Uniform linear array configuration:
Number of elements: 16
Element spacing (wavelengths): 0.25
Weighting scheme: exponential
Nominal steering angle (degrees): -60
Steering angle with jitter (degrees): -59.543
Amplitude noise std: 0.05
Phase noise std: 0.05

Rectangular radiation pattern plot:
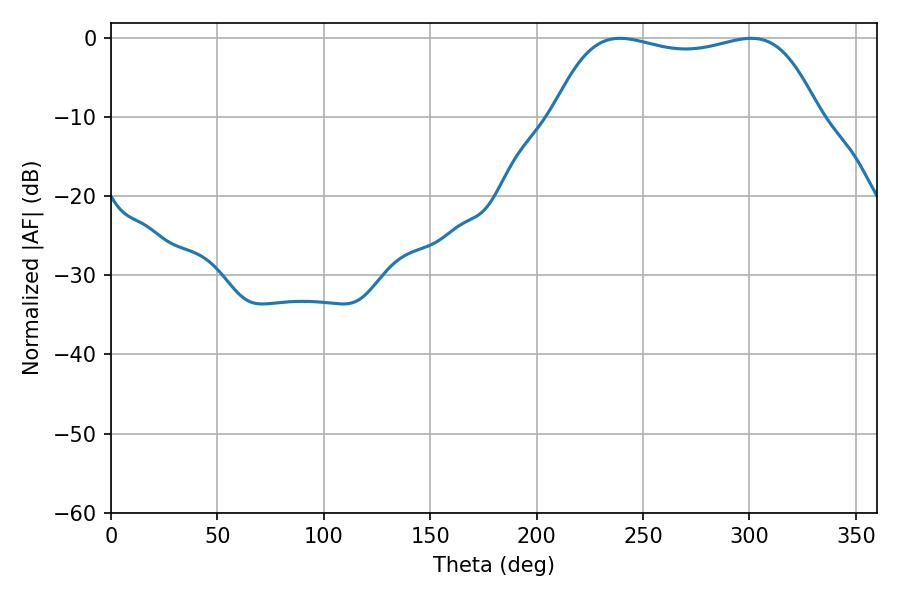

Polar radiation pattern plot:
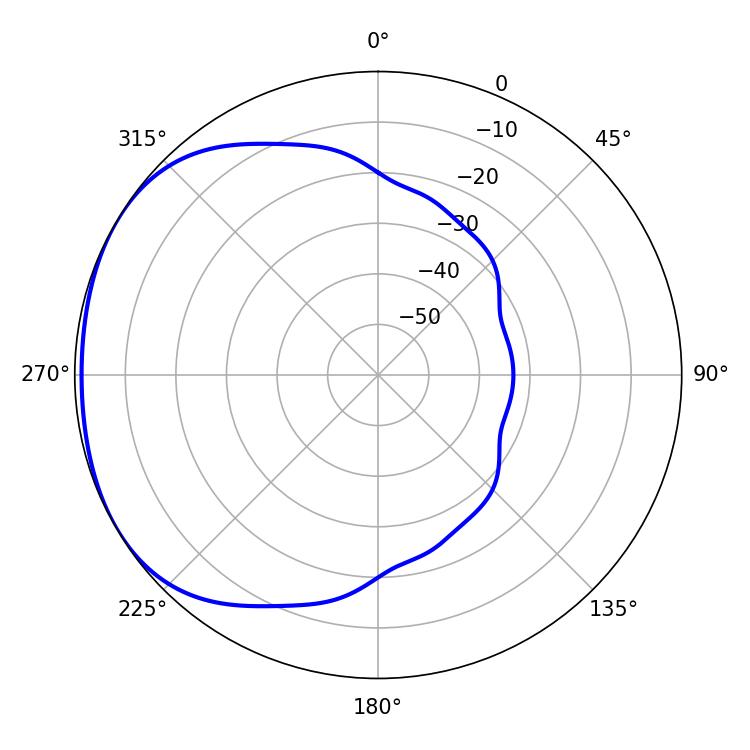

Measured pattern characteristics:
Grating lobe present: FALSE
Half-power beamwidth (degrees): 99.72
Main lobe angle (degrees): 300.78